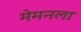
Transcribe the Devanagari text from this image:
मेमनला